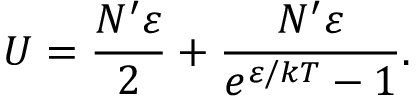
U = { \frac { N ^ { \prime } \varepsilon } { 2 } } + { \frac { N ^ { \prime } \varepsilon } { e ^ { \varepsilon / k T } - 1 } } .